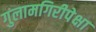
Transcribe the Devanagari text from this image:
गुलामगिरीपेक्षा